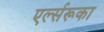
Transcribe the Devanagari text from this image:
एर्ल्सरूका